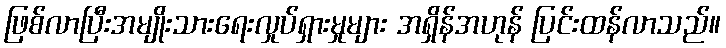
ဖြစ်လာပြီးအမျိုးသားရေးလှုပ်ရှားမှုများ အရှိန်အဟုန် ပြင်းထန်လာသည်။